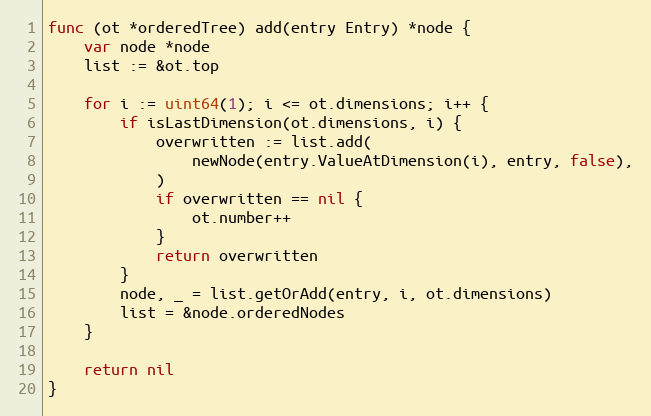
Language: Go
func (ot *orderedTree) add(entry Entry) *node {
	var node *node
	list := &ot.top

	for i := uint64(1); i <= ot.dimensions; i++ {
		if isLastDimension(ot.dimensions, i) {
			overwritten := list.add(
				newNode(entry.ValueAtDimension(i), entry, false),
			)
			if overwritten == nil {
				ot.number++
			}
			return overwritten
		}
		node, _ = list.getOrAdd(entry, i, ot.dimensions)
		list = &node.orderedNodes
	}

	return nil
}